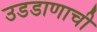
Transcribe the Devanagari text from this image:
उडडाणाची